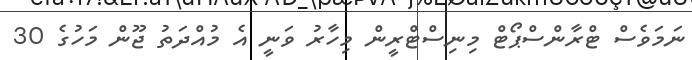
ނަމަވެސް ޓްރާންސްޕޯޓް މިނިސްޓްރީން މިހާރު ވަނީ އެ މުއްދަތު ޖޫން މަހުގެ 30